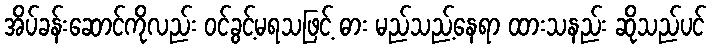
အိပ်ခန်းဆောင်ကိုလည်း ဝင်ခွင့်မရသဖြင့် ဓား မည်သည့်နေရာ ထားသနည်း ဆိုသည်ပင်